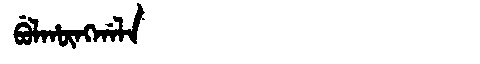
Manchu: ᠪᡠᠯᡥᡡᠩᡤᠠᠯᠠ
Romanization: BULHŪNGGALA